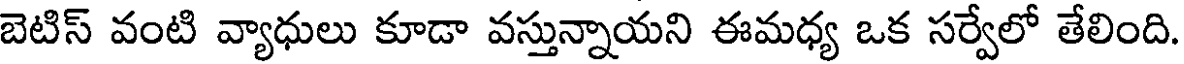
బెటిస్ వంటి వ్యాధులు కూడా వస్తున్నాయని ఈమధ్య ఒక సర్వేలో తేలింది